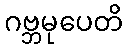
ဂဗ္ဘမုပေတိ